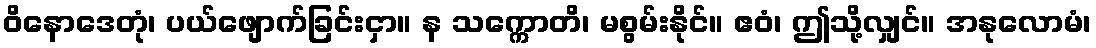
ဝိနောဒေတုံ၊ ပယ်ဖျောက်ခြင်းငှာ။ န သက္ကောတိ၊ မစွမ်းနိုင်။ ဧဝံ၊ ဤသို့လျှင်။ အနုလောမံ၊